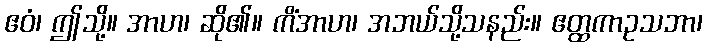
ဧဝံ၊ ဤသို့။ အာဟ၊ ဆို၏။ ကိံအာဟ၊ အဘယ်သို့သနည်း။ ဧတ္ထကာဥသဘာ၊